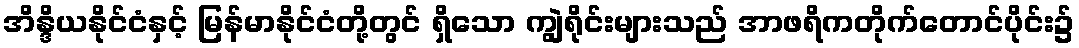
အိန္ဒိယနိုင်ငံနှင့် မြန်မာနိုင်ငံတို့တွင် ရှိသော ကျွဲရိုင်းများသည် အာဖရိကတိုက်တောင်ပိုင်း၌